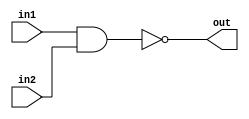
/*
    CS/ECE 552 Spring '22
    Homework #1, Problem 1

    2 input NAND
*/
module nand2 (out,in1,in2);
    output out;
    input in1,in2;
    assign out = ~(in1 & in2);
endmodule